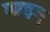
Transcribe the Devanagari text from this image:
नाहन्